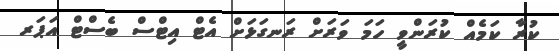
ކުރާ ކަމެއް ކުރަންވީ ހަމަ ވަރަށް ރަނގަޅަށް އެޓް އިޓްސް ބެސްޓް އަޕަރ